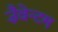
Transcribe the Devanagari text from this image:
ज़ैवेन्टम